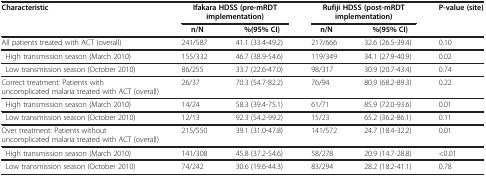
<table><thead><tr><td><b>Characteristic</b></td><td colspan="2"><b>Ifakara HDSS (pre-mRDT implementation)</b></td><td colspan="2"><b>Rufiji HDSS (post-mRDT implementation)</b></td><td><b>P-value (site)</b></td></tr><tr><td><b> </b></td><td><b>n/N</b></td><td><b>%(95% CI)</b></td><td><b>n/N</b></td><td><b>%(95% CI)</b></td><td><b> </b></td></tr></thead><tbody><tr><td>All patients treated with ACT (overall)</td><td>241/587</td><td>41.1 (33.4-49.2)</td><td>217/666</td><td>32.6 (26.5-39.4)</td><td>0.10</td></tr><tr><td> High transmission season (March 2010)</td><td>155/332</td><td>46.7 (38.9-54.6)</td><td>119/349</td><td>34.1 (27.9-40.9)</td><td>0.02</td></tr><tr><td> Low transmission season (October 2010)</td><td>86/255</td><td>33.7 (22.6-47.0)</td><td>98/317</td><td>30.9 (20.7-43.4)</td><td>0.74</td></tr><tr><td>Correct treatment: Patients with uncomplicated malaria treated with ACT (overall)</td><td>26/37</td><td>70.3 (54.7-82.2)</td><td>76/94</td><td>80.9 (68.2-89.3)</td><td>0.22</td></tr><tr><td> High transmission season (March 2010)</td><td>14/24</td><td>58.3 (39.4-75.1)</td><td>61/71</td><td>85.9 (72.0-93.6)</td><td>0.01</td></tr><tr><td> Low transmission season (October 2010)</td><td>12/13</td><td>92.3 (54.2-99.2)</td><td>15/23</td><td>65.2 (36.2-86.1)</td><td>0.11</td></tr><tr><td>Over treatment: Patients without uncomplicated malaria treated with ACT (overall)</td><td>215/550</td><td>39.1 (31.0-47.8)</td><td>141/572</td><td>24.7 (18.4-32.2)</td><td>0.01</td></tr><tr><td> High transmission season (March 2010)</td><td>141/308</td><td>45.8 (37.2-54.6)</td><td>58/278</td><td>20.9 (14.7-28.8)</td><td>&lt;0.01</td></tr><tr><td> Low transmission season (October 2010)</td><td>74/242</td><td>30.6 (19.6-44.3)</td><td>83/294</td><td>28.2 (18.2-41.1)</td><td>0.78</td></tr></tbody></table>